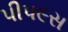
પીપ૯સ